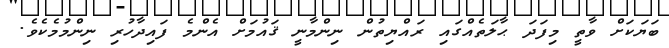
ބަޔަކަށް ވާތީ މިފަދަ ޙާލަތެއްގައި ރައްޔިތުން ނިންމާނީ ޤައުމަށް އެންމެ ފައިދާހުރި ނިންމުމެކެވެ.